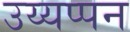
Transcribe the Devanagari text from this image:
उय्यप्पन